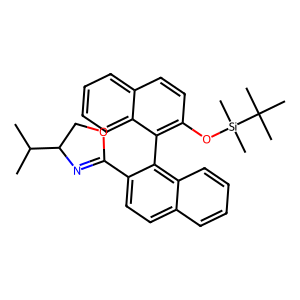
SMILES: CC(C)C1COC(c2ccc3ccccc3c2-c2c(O[Si](C)(C)C(C)(C)C)ccc3ccccc23)=N1
Inhibits HIV replication: No